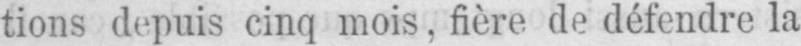
tions depuis cinq mois, fière de défendre la